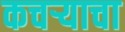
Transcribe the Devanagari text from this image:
कचऱ्याचा